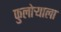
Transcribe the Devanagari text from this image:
फुलोऱ्याला